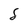
Character: S